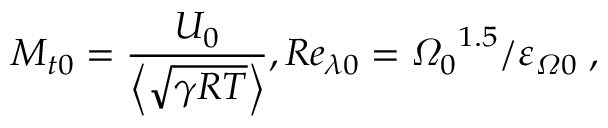
{ { M } _ { t 0 } } = \frac { { { U } _ { 0 } } } { \left\langle \sqrt { \gamma R T } \right\rangle } , R { { e } _ { \lambda 0 } } = { { { \varOmega } _ { 0 } } ^ { 1 . 5 } } / { { { \varepsilon } _ { \varOmega 0 } } } \; ,